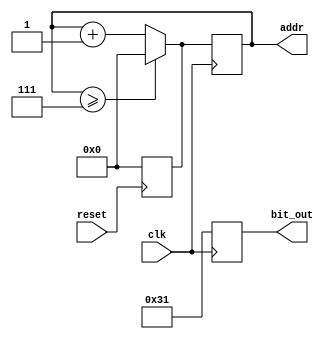
module bit_input(clk, bit_out, reset, addr);
    
    input clk, reset;
    output [7:0] bit_out;
    output [3:0] addr;

    wire [7:0] bits_out [7:0]; 
    reg [7:0] bit_out_d, bit_out_q;
    reg [3:0] addr_d, addr_q;

    assign bit_out = bit_out_q;
    assign addr    = addr_q;

    assign bits_out[7] = "1";
    assign bits_out[6] = "1";
    assign bits_out[5] = "1";
    assign bits_out[4] = "1";
    assign bits_out[3] = "0";
    assign bits_out[2] = "0";
    assign bits_out[1] = "1";
    assign bits_out[0] = "0";


/*
* This is to simulate the "random" times input would come from
* the keyboard.
*/
    
    initial
    begin
        #10 bit_out_d=bits_out[0];
        #4 bit_out_d=bits_out[1];
        #1 bit_out_d=bits_out[2];
        #8 bit_out_d=bits_out[3];
        #6 bit_out_d=bits_out[4];
        #2 bit_out_d=bits_out[5];
        #6 bit_out_d=bits_out[6];
        #7 bit_out_d=bits_out[7];
    end
 

/*
* I am trying to iterate address only when a new input from the keyboard is
* accepted, but if two bits have the same value, it will not see that as a
* as a change. I will have to work on this some more.
*/
  
    always @(bit_out_q)
    begin
        if (addr_q >= 4'd7)
            addr_d = 4'b0;
        else
            addr_d = addr_q + 1;
    end
    
    always @(negedge reset)
        addr_d = 4'b0;
        
    always @(posedge clk)
    begin
        addr_q <= addr_d;
        bit_out_q <= bit_out_d;
    end
        
endmodule